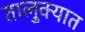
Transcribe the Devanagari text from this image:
तालु्क्यात